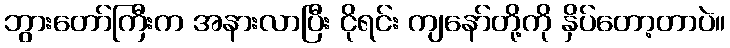
ဘွားတော်ကြီးက အနားလာပြီး ငိုရင်း ကျနော်တို့ကို နှိပ်တော့တာပဲ။